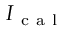
I _ { \mathrm { ~ c ~ a ~ l ~ } }